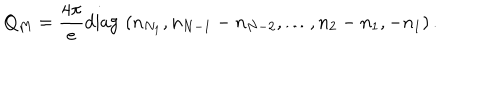
Q _ { M } = { \frac { 4 \pi } { e } } \mathrm { d i a g } \, \, ( n _ { N _ { 1 } } , n _ { N - 1 } - n _ { N - 2 } , \dots , n _ { 2 } - n _ { 1 } , - n _ { 1 } ) \, .